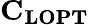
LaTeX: \mathbf{C_{LOPT}}